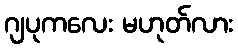
ဂျပုကလေး မဟုတ်လား